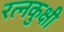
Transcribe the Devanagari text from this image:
रत्नकुक्षी